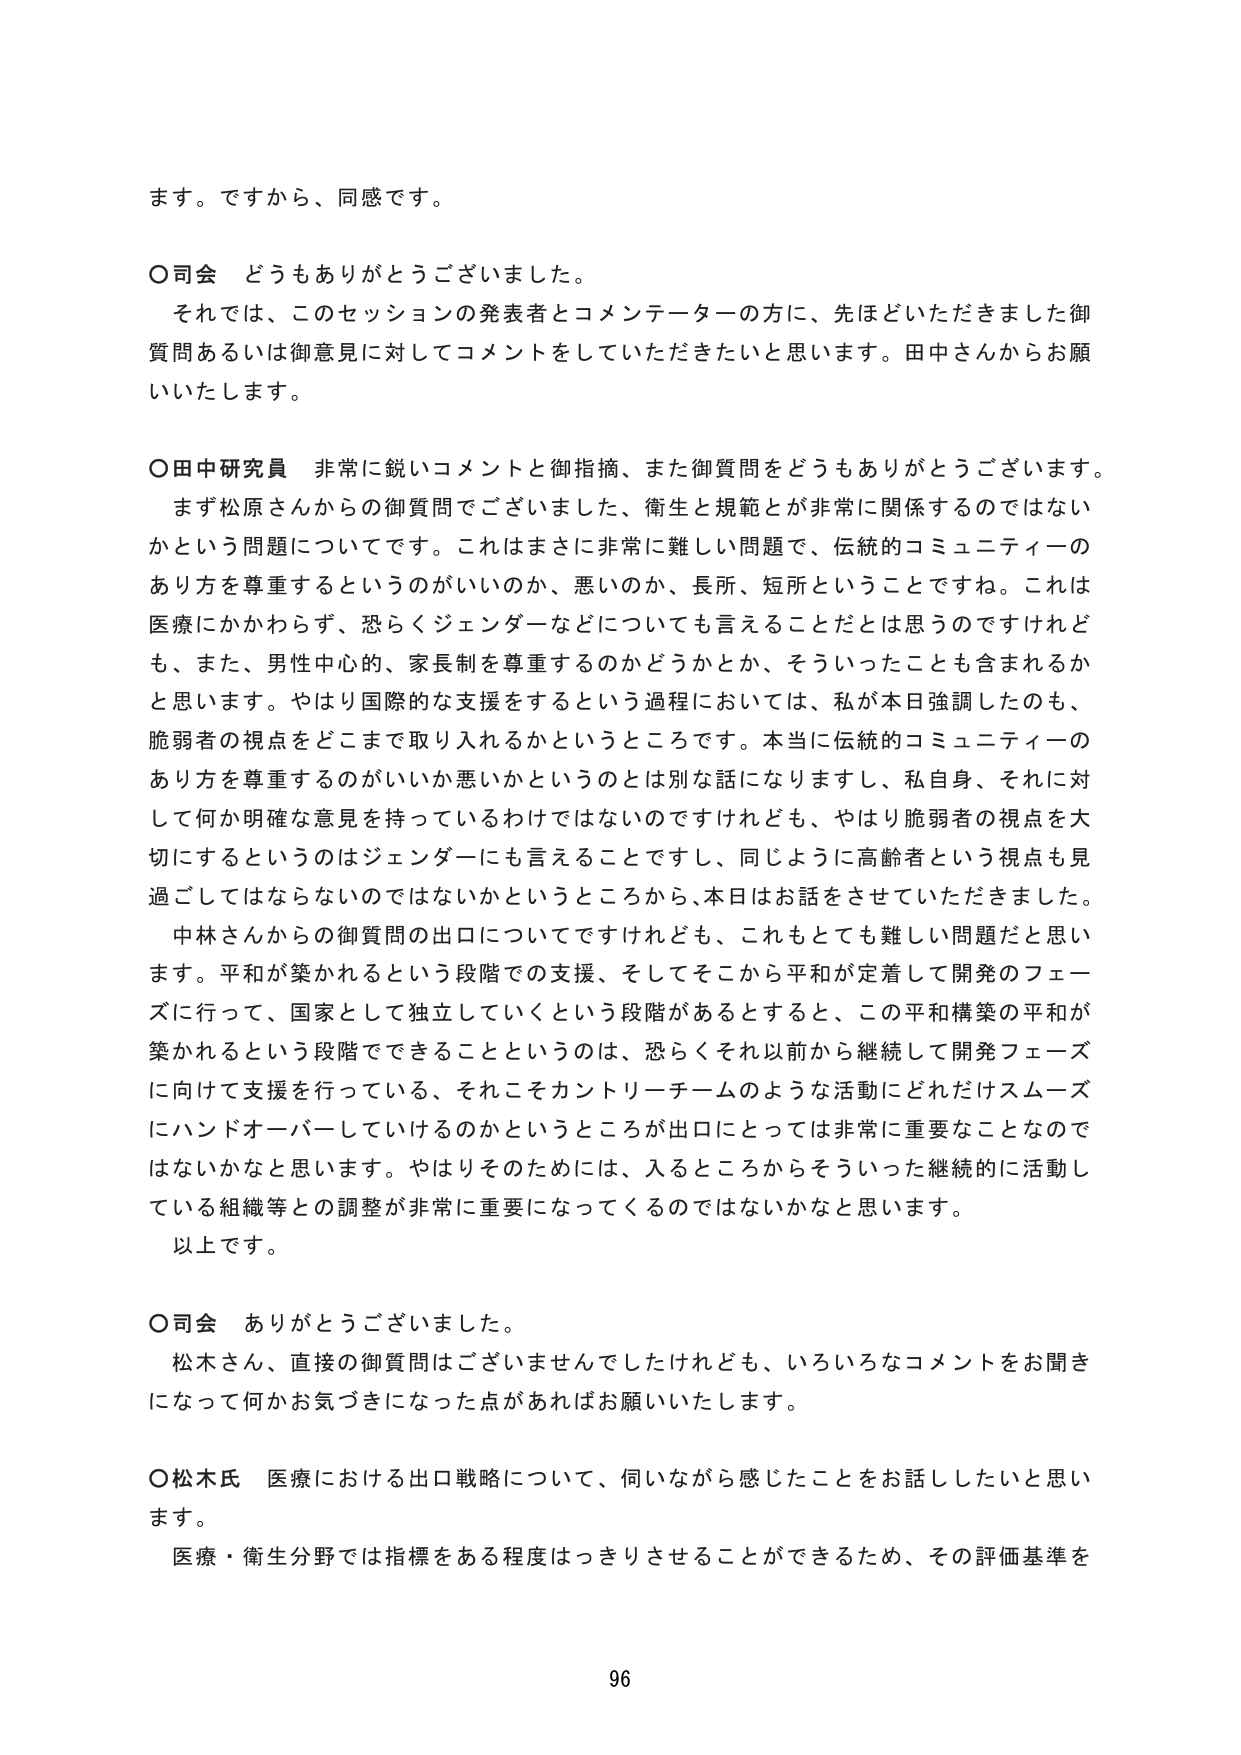
ます。ですから、同感です。

○司会 どうもありがとうございました。
　それでは、このセッションの発表者とコメンテーターの方に、先ほどいただきました御質問あるいは御意見に対してコメントをしていただきたいと思います。田中さんからお願いいたします。

○田中研究員 非常に鋭いコメントと御指摘、また御質問をどうもありがとうございました。
　まず松原さんからの御質問でございました、衛生と規範とが非常に関係するのではないかという問題についてです。これはまさに非常に難しい問題で、伝統的コミュニティのあり方を尊重するというのがいいのか、悪いのか、長所、短所ということですね。これは医療にかかわらず、恐らくジェンダーなどについても言えることだとは思うのですけれども、また、男性中心的、家長制を尊重するのかどうかとか、そういったことも含まれるかと思います。やはり国際的な支援をするという過程においては、私が本日強調したのも、脆弱者の視点をどこまで取り入れるかというところです。本当に伝統的コミュニティのあり方を尊重するのがいいか悪いかというのは別な話になりますし、私自身、それに対して何か明確な意見を持っているわけではありませんけれども、やはり脆弱者の視点を大切にするというのはジェンダーにも言えることですし、同じように高齢者という視点も見過ごしてはならないのではないかというところから、本日はお話をさせていただきました。
　中林さんからの御質問の出口についてですけれども、これもとても難しい問題だと思います。平和が築かれるという段階での支援、そしてそこから平和が定着して開発のフェーズに行って、国家として独立していくという段階があるとすると、この平和構築の平和が築かれるという段階でできることというのは、恐らくそれ以前から継続して開発フェーズに向けて支援を行っている、それこそカントリーチームのような活動にどれだけスムーズにハンドオーバーしていけるのかというところが出口にとっては非常に重要なことなのではないかなと思います。やはりそのためには、入るところからそういった継続的に活動している組織等との調整が非常に重要になってくるのではないかなと思います。
　以上です。

○司会 ありがとうございました。
　松木さん、直接の御質問はございませんでしたけれども、いろいろなコメントをお聞きになって何かお気づきになった点があればお願いいたします。

○松木氏 医療における出口戦略について、伺いながら感じたことをお話したいと思います。
　医療・衛生分野では指標をある程度はっきりさせることができるため、その評価基準を

96